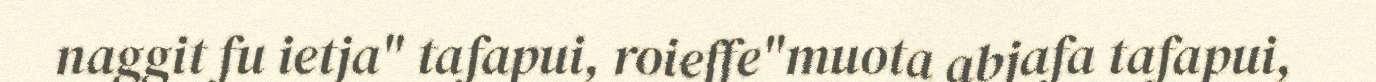
naggit fu ietja" tafapui, roieffe"muota abjafa tafapui,